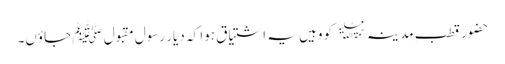
حضور قطبِ مد ینہ﷫ کو وہیں یہ اشتیاق ہوا کہ دیارِ رسولِ مقبول ﷺ جاؤں۔